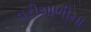
વરીયાળીના